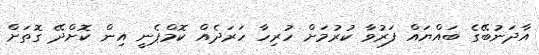
އާދަނުބޭގެ ބައްޔައް ފަރުވާ ކުރުމަށް ހުރިހާ ހަރަދެއް ކޮމްޕެނީ އިން ކޮށްދޭ ގޮތަށް